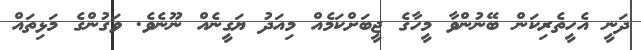
ދަނީ އެހީތެރިކަން ބޭނުންވާ މީހާގެ ޖީބަށްކަމެއް މިއަދު ޔަގީނެއް ނޫނެވެ. ވަގުންގެ މަޅިތައް